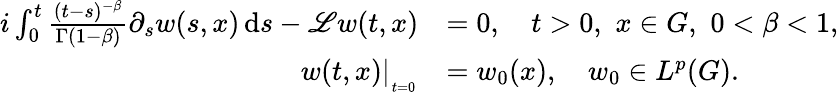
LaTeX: \begin{array}{rl}{i\int_{0}^{t}\frac{(t-s)^{-\beta}}{\Gamma(1-\beta)}\partial_{s}w(s,x)\, \mathrm{d}s-\mathscr{L}w(t,x)}&{=0,\quad t>0,\, \, x\in G,\, \, 0<\beta<1,}\\ {w(t,x)|_{_{_{t=0}}}}&{=w_{0}(x),\quad w_{0}\in L^{p}(G).}\end{array}